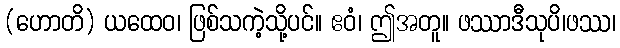
(ဟောတိ) ယထေဝ၊ ဖြစ်သကဲ့သို့ပင်။ ဧဝံ၊ ဤအတူ။ ဖဿာဒီသုပိ၊ဖဿ၊